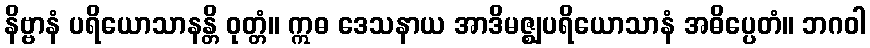
နိဗ္ဗာနံ ပရိယောသာနန္တိ ဝုတ္တံ။ ဣဓ ဒေသနာယ အာဒိမဇ္ဈပရိယောသာနံ အဓိပ္ပေတံ။ ဘဂဝါ